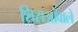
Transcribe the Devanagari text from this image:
शिराओंवाले